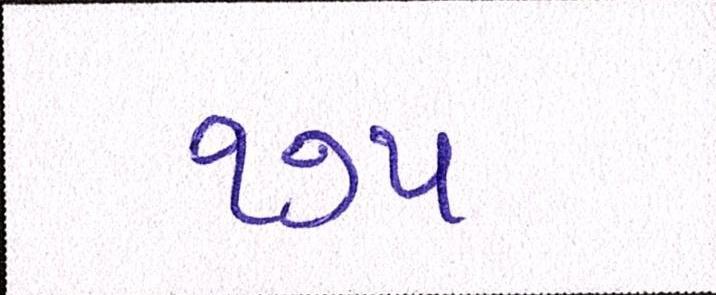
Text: ૧૭૫